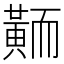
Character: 𪎿